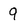
Character: 9